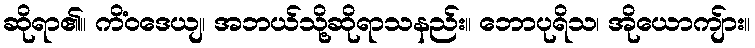
ဆိုရာ၏။ ကိံဝဒေယျ၊ အဘယ်သို့ဆိုရာသနည်း။ ဘောပုရိသ၊ အိုယောကျ်ား။